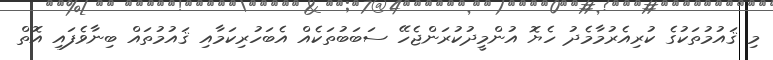
މި ޤައުމުތަކުގެ ކުރިއެރުމާމެދު ހެޔޮ އުންމީދުކުރަންޖެހޭ ސަބަބުތަކެއް އެބަހުރިކަމާއި ޤައުމުތައް ބިނާވެފައި އޮތް